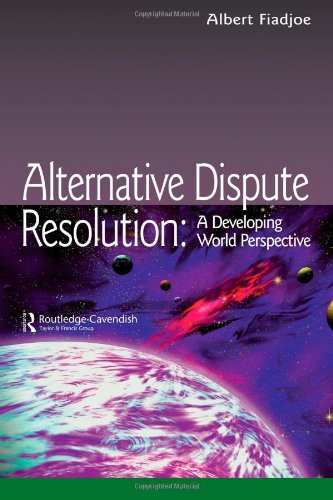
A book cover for Alternative Dispute Resolution: A Developing World Perspective (Commonwealth Caribbean Law); Albert Fiadjoe; Law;